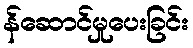
န်ဆောင်မှုပေးခြင်း